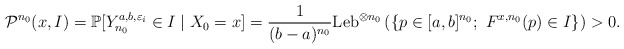
\begin{align*} \mathcal P^{n_0}(x, I) &= \mathbb P [Y_{n_0}^{a,b,\varepsilon_i} \in I\mid X_0 = x]= \frac{1}{(b-a)^{n_0}}\mathrm{Leb}^{\otimes n_0}\left(\{p\in [a,b]^{n_0};\ F^{x,n_0}(p) \in I\}\right) >0. \end{align*}